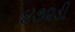
૪૭૨ડી